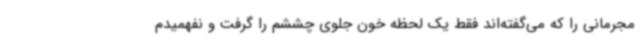
مجرمانی را که می‌گفته‌اند فقط یک لحظه خون جلوی چششم را گرفت و نفهمیدم